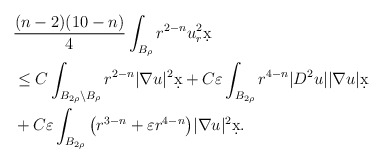
\begin{align*}&\frac{(n-2)(10-n)}{4} \int_{B_{\rho}} r^{2-n} u_r^2 \d x\\& \leq C \int_{B_{2\rho} \setminus B_{\rho}} r^{2-n} |\nabla u|^2 \d x +C \varepsilon \int_{B_{2\rho}} r^{4-n} |D^2 u| |\nabla u| \d x \\& + C \varepsilon \int_{B_{2\rho}} \big( r^{3-n} + \varepsilon r^{4-n}\big) |\nabla u|^2 \d x.\end{align*}